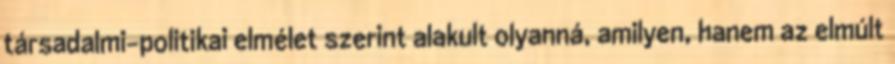
társadalmi-politikai elmélet szerint alakult olyanná, amilyen, hanem az elmúlt